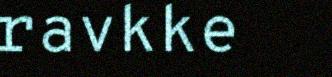
ravkke